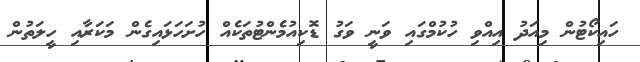
ހައިކޯޓުން މިއަދު އިއްވި ހުކުމްގައި ވަނީ ވަގު ޑޮކިއުމެންޓުތަކެއް ހުށަހަޅައިގެން މަކަރާއި ހީލަތުން